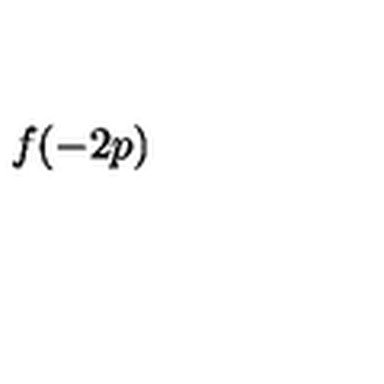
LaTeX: f ( - 2 p )